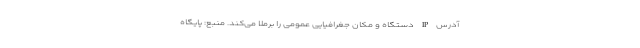
آدرس IP دستگاه و مکان جغرافیایی عمومی را برملا می‌کند. منبع: پایگاه